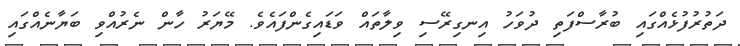
ދަތުރުފުޅެއްގައި ބުރާސްފަތި ދުވަހު އިނގިރޭސި ވިލާތަައް ވަޑައިގެންފައެވެ. މޭޔަރު ހާން ނެރުއްވި ބަޔާނެއްގައި